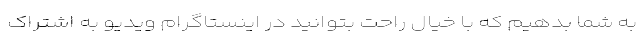
به شما بدهیم که با خیال راحت بتوانید در اینستاگرام ویدیو به اشتراک